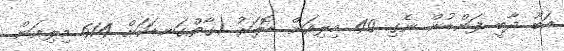
އަބޫ ދާބީ ފަންޑުން ނެގި 40 މިލިއަން ޑޮލަރު (ގާތްގަނޑަކަށް 614 މިލިއަން